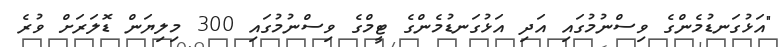
"އަޅުގަނޑުމެންގެ ވިސްނުމުގައި އަދި އަޅުގަނޑުމެންގެ ޓީމްގެ ވިސްނުމުގައި 300 މިލިޔަން ޑޮލަރަށް ވުރެ